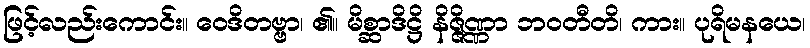
ဖြင့်လည်းကောင်း။ ဝေဒိတဗ္ဗာ၊ ၏။ မိစ္ဆာဒိဋ္ဌိ နိဇ္ဇိဏ္ဏာ ဘဝတီတိ၊ ကား။ ပုရိမနယေ၊